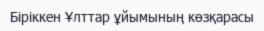
Біріккен Ұлттар ұйымының көзқарасы